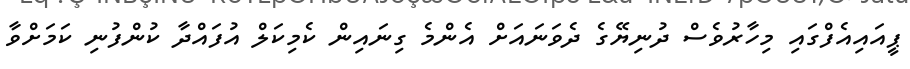
ޕީއައިއެފްގައި މިހާރުވެސް ދުނިޔޭގެ ދެވަނައަށް އެންމެ ގިނައިން ކެމިކަލް އުފައްދާ ކުންފުނި ކަމަށްވާ